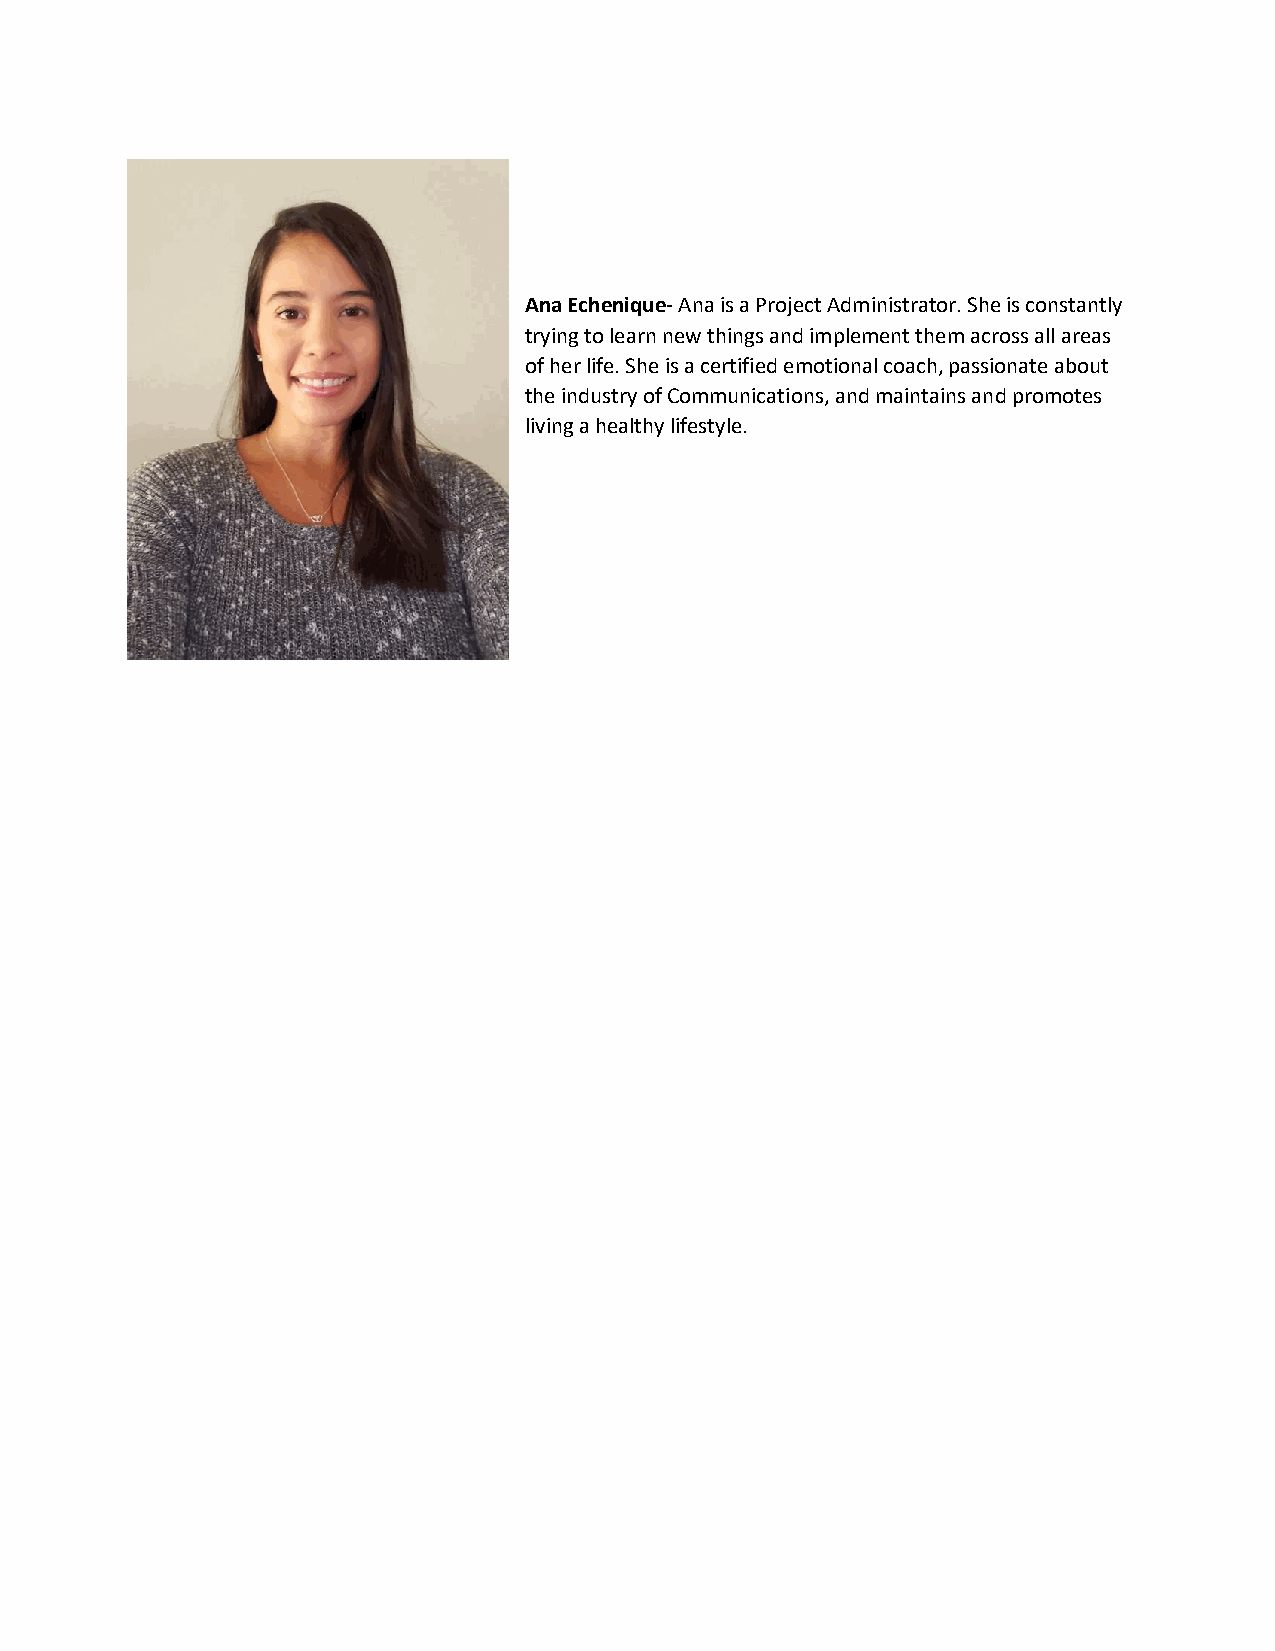
Ana Echenique- Ana is a Project Administrator. She is constantly
 trying to learn new things and implement them across all areas
 of her life. She is a certified emotional coach, passionate about
 the industry of Communications, and maintains and promotes
 living a healthy lifestyle.